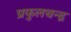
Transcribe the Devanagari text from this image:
प्रफुलचन्द्र